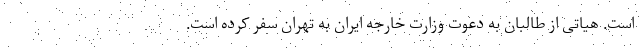
است. هیاتی از طالبان به دعوت وزارت خارجه ایران به تهران سفر کرده است.